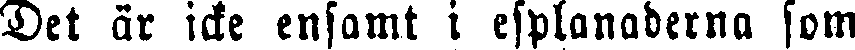
Det är icke ensamt i esplanaderna som